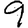
Digit: 9